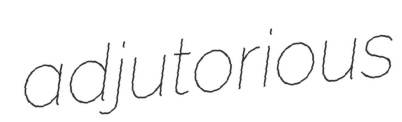
adjutorious